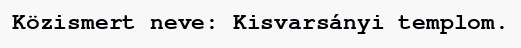
Közismert neve: Kisvarsányi templom.